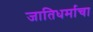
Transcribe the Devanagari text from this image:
जातिधर्माचा